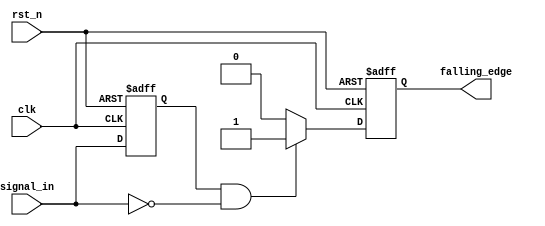
module falling_edge_detector (
    input wire clk,            // Clock input
    input wire rst_n,         // Asynchronous active-low reset
    input wire signal_in,     // Input signal to monitor for falling edges
    output reg falling_edge    // Output signal indicating falling edge detection
);

    reg signal_in_prev;       // Register to hold the previous state of the input signal

    // Asynchronous reset and edge detection logic
    always @(posedge clk or negedge rst_n) begin
        if (!rst_n) begin
            signal_in_prev <= 1'b0; // Initialize previous state to low on reset
            falling_edge <= 1'b0;    // Initialize output to low on reset
        end else begin
            // Falling edge detection logic
            falling_edge <= (signal_in_prev == 1'b1 && signal_in == 1'b0) ? 1'b1 : 1'b0;
            signal_in_prev <= signal_in; // Update previous state
        end
    end

endmodule